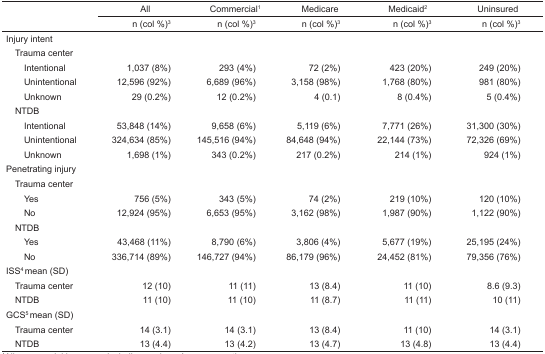
|  | All | Commercial1 | Medicare | Medicaid2 | Uninsured |
 |  | n (col %)3 | n (col %)3 | n (col %)3 | n (col %)3 | n (col %)3 |
 | --- | --- | --- | --- | --- | --- |
 | <COLSPAN=6> Injury intent |
 | <COLSPAN=6> Trauma center |
 | Intentional | 1,037 (8%) | 293 (4%) | 72 (2%) | 423 (20%) | 249 (20%) |
 | Unintentional | 12,596 (92%) | 6,689 (96%) | 3,158 (98%) | 1,768 (80%) | 981 (80%) |
 | Unknown | 29 (0.2%) | 12 (0.2%) | 4 (0.1) | 8 (0.4%) | 5 (0.4%) |
 | <COLSPAN=6> NTDB |
 | Intentional | 53,848 (14%) | 9,658 (6%) | 5,119 (6%) | 7,771 (26%) | 31,300 (30%) |
 | Unintentional | 324,634 (85%) | 145,516 (94%) | 84,648 (94%) | 22,144 (73%) | 72,326 (69%) |
 | Unknown | 1,698 (1%) | 343 (0.2%) | 217 (0.2%) | 214 (1%) | 924 (1%) |
 | <COLSPAN=6> Penetrating injury |
 | <COLSPAN=6> Trauma center |
 | Yes | 756 (5%) | 343 (5%) | 74 (2%) | 219 (10%) | 120 (10%) |
 | No | 12,924 (95%) | 6,653 (95%) | 3,162 (98%) | 1,987 (90%) | 1,122 (90%) |
 | <COLSPAN=6> NTDB |
 | Yes | 43,468 (11%) | 8,790 (6%) | 3,806 (4%) | 5,677 (19%) | 25,195 (24%) |
 | No | 336,714 (89%) | 146,727 (94%) | 86,179 (96%) | 24,452 (81%) | 79,356 (76%) |
 | <COLSPAN=6> ISS4 mean (SD) |
 | Trauma center | 12 (10) | 11 (11) | 13 (8.4) | 11 (10) | 8.6 (9.3) |
 | NTDB | 11 (10) | 11 (10) | 11 (8.7) | 11 (11) | 10 (11) |
 | <COLSPAN=6> GCS5 mean (SD) |
 | Trauma center | 14 (3.1) | 14 (3.1) | 13 (8.4) | 11 (10) | 14 (3.1) |
 | NTDB | 13 (4.4) | 13 (4.2) | 13 (4.7) | 13 (4.8) | 13 (4.4) |